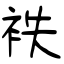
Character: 袟